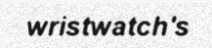
wristwatch's